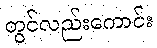
တွင်လည်းကောင်း